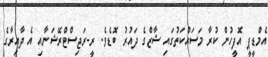
އެމްޑީޕީ އޮފީހުން ކުރާ މަސައްކަތުގައި ޝާޒްގެ ދައުރު ބޮޑެވެ. ރީ-ރަޖިސްޓްރޭޝަނާއި އެ ދާއިރާގެ